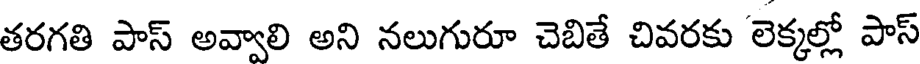
తరగతి పాస్ అవ్వాలి అని నలుగురూ చెబితే చివరకు లెక్కల్లో పాస్